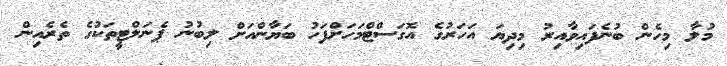
މުލާ މިހެން ބުނެފައިވާއިރު މިދިޔަ އަހަރުގެ އޮގަސްޓްމަހަށްފަހު ބަޔާންއަށް ލިބުނު ޕެނަލްޓީތަކުގެ ތެރެއިން